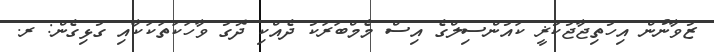
ޒުވާނުން އިހުތިޖާޖުކުޜީ ކައުންސިލްގެ އިސް މެމްބަރަކު ދެއްކި ދޮގު ވާހަކަތަކަކާއި ގުޅިގެން: ރ.